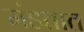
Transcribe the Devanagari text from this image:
मंडतात